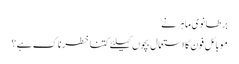
برطانوی ماہر نے
موبائل فون کا استعمال بچوں کیلئے کتنا خطرناک ہے؟